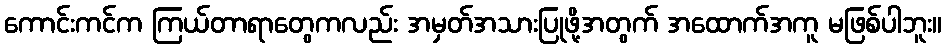
ကောင်းကင်က ကြယ်တာရာတွေကလည်း အမှတ်အသားပြုဖို့အတွက် အထောက်အကူ မဖြစ်ပါဘူး။